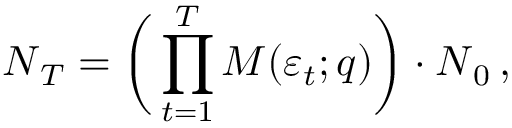
\boldsymbol { N } _ { T } = \bigg ( \prod _ { t = 1 } ^ { T } \boldsymbol { M } ( \varepsilon _ { t } ; \boldsymbol { q } ) \bigg ) \cdot \boldsymbol { N } _ { 0 } \, ,